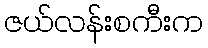
ဇယ်လန်းစကီးက